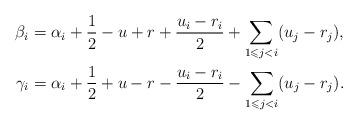
LaTeX: \begin{align*}\beta_{i} & =\alpha_{i}+\frac{1}{2}-u+r+\frac{u_{i}-r_{i}}{2}+\sum_{1\leqslant j<i}(u_{j}-r_{j}),\\\gamma_{i} & =\alpha_{i}+\frac{1}{2}+u-r-\frac{u_{i}-r_{i}}{2}-\sum_{1\leqslant j<i}(u_{j}-r_{j}).\end{align*}